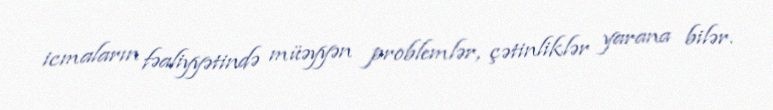
icmaların fəaliyyətində müəyyən problemlər, çətinliklər yarana bilər.